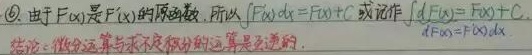
\textcircled{6}. 由于 \(F(x)\) 是 \(f(x)\) 的原函数，所以 \(\int f(x)dx = F(x)+C\) 或记作 \(\int f(x)dx=F(x)+C\)。结论：微分运算与求不定积分运算是互逆的。\(dF(x)=f(x)dx\)